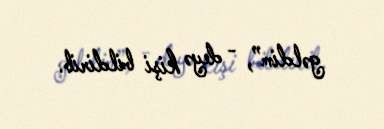
gəldim”, - deyə kişi bildirib.